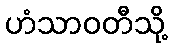
ဟံသာဝတီသို့